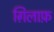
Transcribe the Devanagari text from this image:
ग़िलाफ़